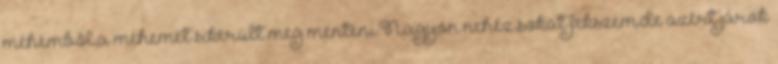
méhemből,a méhemet sikerült meg menteni.Nagyon nehéz,sokat fekszem.de azért járok